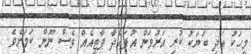
މީހަކު އަދި ބަޔަކު ކުރި އަރުވަން އުފައްދާ ޕާޓީއެއް ވެސް ނޫން ކަމަށެވެ.